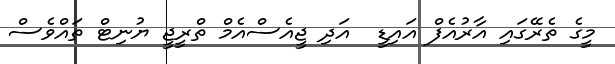
މީގެ ތެރޭގައި އާރުއެފް އައިޑީ  އަދި ޖީއެސްއެމް ތްރީޖީ ޔުނިޓް ތައްވެސް